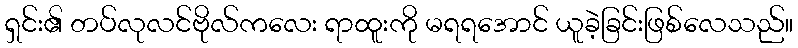
ရှင်း၏ တပ်လုလင်ဗိုလ်ကလေး ရာထူးကို မရရအောင် ယူခဲ့ခြင်းဖြစ်လေသည်။